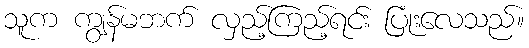
သူက ကျွန်မဘက် လှည့်ကြည့်ရင်း ပြုံးလေသည်။